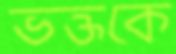
ভক্তকে